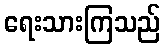
ရေးသားကြသည်